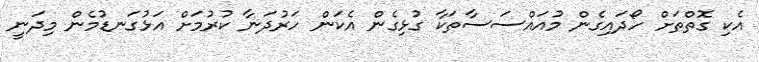
އެކި ގޮތްތަށް ހޯދައިގެން މުއައްސަސާތަކާ ގުޅިގެން އެކަން ހަރުދަނާ ކުރުމަށް އަޅުގަނޑުމެން މިދަނީ